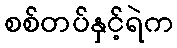
စစ်တပ်နှင့်ရဲက